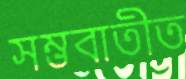
সম্ভবাতীত